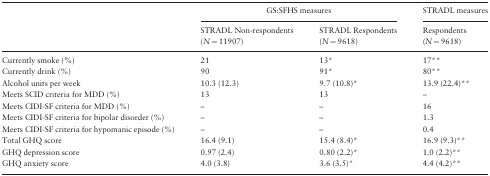
<table><thead><tr><td></td><td colspan="2"><b>GS:SFHS measures</b></td><td><b>STRADL measures</b></td></tr><tr><td></td><td><b>STRADL Non-respondents (<i>N</i> = 11907)</b></td><td><b>STRADL Respondents (<i>N</i> = 9618)</b></td><td><b>Respondents (<i>N</i> = 9618)</b></td></tr></thead><tbody><tr><td>Currently smoke (%)</td><td>21</td><td>13*</td><td>17**</td></tr><tr><td>Currently drink (%)</td><td>90</td><td>91*</td><td>80**</td></tr><tr><td>Alcohol units per week</td><td>10.3 (12.3)</td><td>9.7 (10.8)*</td><td>13.9 (22.4)**</td></tr><tr><td>Meets SCID criteria for MDD (%)</td><td>13</td><td>13</td><td>–</td></tr><tr><td>Meets CIDI-SF criteria for MDD (%)</td><td>–</td><td>–</td><td>16</td></tr><tr><td>Meets CIDI-SF criteria for bipolar disorder (%)</td><td>–</td><td>–</td><td>1.3</td></tr><tr><td>Meets CIDI-SF criteria for hypomanic episode (%)</td><td>–</td><td>–</td><td>0.4</td></tr><tr><td>Total GHQ score</td><td>16.4 (9.1)</td><td>15.4 (8.4)*</td><td>16.9 (9.3)**</td></tr><tr><td>GHQ depression score</td><td>0.97 (2.4)</td><td>0.80 (2.2)*</td><td>1.0 (2.2)**</td></tr><tr><td>GHQ anxiety score</td><td>4.0 (3.8)</td><td>3.6 (3.5)*</td><td>4.4 (4.2)**</td></tr></tbody></table>